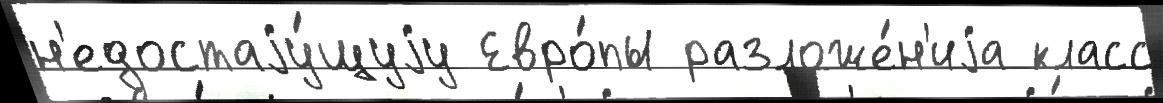
н'едостаjу́щуjу Евро́пы разложе́н'иjа класс